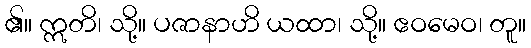
၏။ ဣတိ၊ သို့။ ပဇာနာဟိ ယထာ၊ သို့။ ဧဝမေဝ၊ တူ။